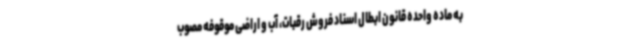
به ماده واحده قانون ابطال اسناد فروش رقبات، آب و اراضی موقوفه مصوب